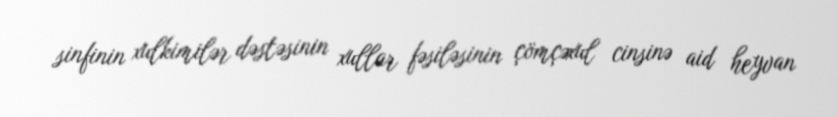
sinfinin xulkimilər dəstəsinin xullar fəsiləsinin çömçəxul cinsinə aid heyvan